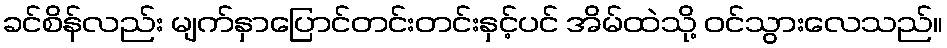
ခင်စိန်လည်း မျက်နှာပြောင်တင်းတင်းနှင့်ပင် အိမ်ထဲသို့ ဝင်သွားလေသည်။